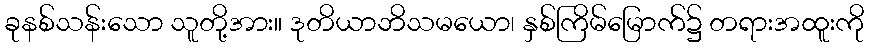
ခုနစ်သန်းသော သူတို့အား။ ဒုတိယာဘိသမယော၊ နှစ်ကြိမ်မြောက်၌ တရားအထူးကို